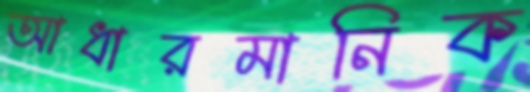
আধারমানিক